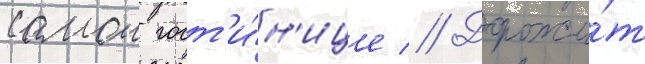
самои гост'и́н'ице // Дорожи́т